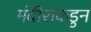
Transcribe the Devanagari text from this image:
मंदीराकडुन